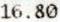
16.80